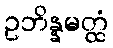
ဥဘိန္နမတ္ထံ